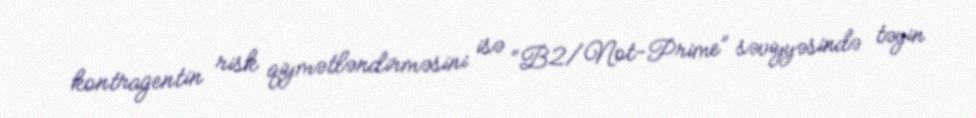
kontragentin risk qiymətləndirməsini isə “B2/Not-Prime” səviyyəsində təyin